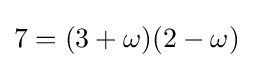
7=(3+\omega )(2-\omega )